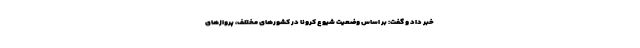
خبر داد و گفت: بر اساس وضعیت شیوع کرونا در کشورهای مختلف، پروازهای